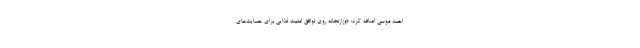
احمد موسی اضافه کرد: «وزارتخانه روی توافق امنیت غذایی برای حمایت‌های